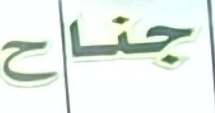
جناح